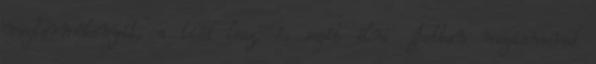
megtermékenyít, a tiéd lesz, és segít élni. Jobban megismered